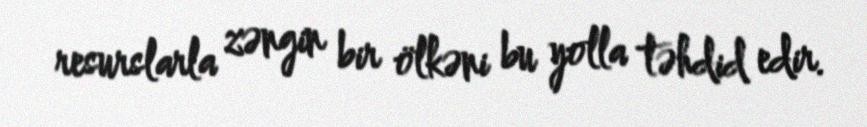
resurslarla zəngin bir ölkəni bu yolla təhdid edir.